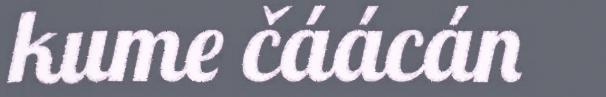
kume čáácán